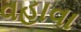
વહાવા